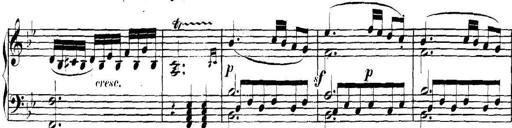
Title: Collected Piano Sonatas
Composer: Muzio Clementi